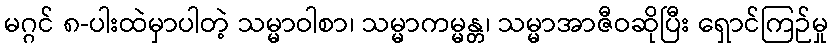
မဂ္ဂင် ၈-ပါးထဲမှာပါတဲ့ သမ္မာဝါစာ၊ သမ္မာကမ္မန္တ၊ သမ္မာအာဇီဝဆိုပြီး ရှောင်ကြဉ်မှု